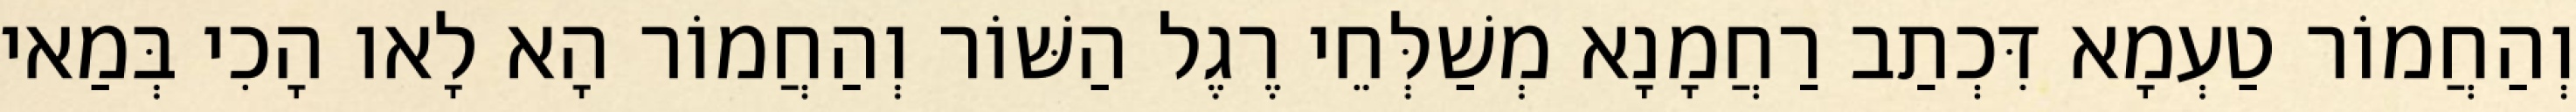
וְהַחֲמוֹר טַעְמָא דִּכְתַב רַחֲמָנָא מְשַׁלְּחֵי רֶגֶל הַשּׁוֹר וְהַחֲמוֹר הָא לָאו הָכִי בְּמַאי